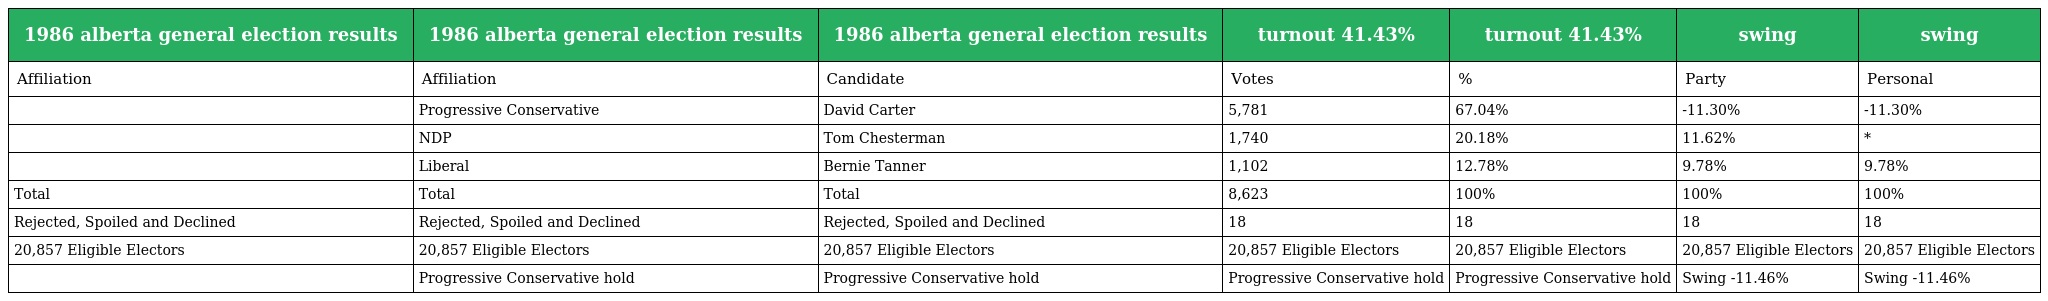
| 1986 alberta general election results | 1986 alberta general election results | 1986 alberta general election results | turnout 41.43% | turnout 41.43% | swing | swing |
 | --- | --- | --- | --- | --- | --- | --- |
 | Affiliation | Affiliation | Candidate | Votes | % | Party | Personal |
 |  | Progressive Conservative | David Carter | 5,781 | 67.04% | -11.30% | -11.30% |
 |  | NDP | Tom Chesterman | 1,740 | 20.18% | 11.62% | * |
 |  | Liberal | Bernie Tanner | 1,102 | 12.78% | 9.78% | 9.78% |
 | Total | Total | Total | 8,623 | 100% | 100% | 100% |
 | Rejected, Spoiled and Declined | Rejected, Spoiled and Declined | Rejected, Spoiled and Declined | 18 | 18 | 18 | 18 |
 | 20,857 Eligible Electors | 20,857 Eligible Electors | 20,857 Eligible Electors | 20,857 Eligible Electors | 20,857 Eligible Electors | 20,857 Eligible Electors | 20,857 Eligible Electors |
 |  | Progressive Conservative hold | Progressive Conservative hold | Progressive Conservative hold | Progressive Conservative hold | Swing -11.46% | Swing -11.46% |